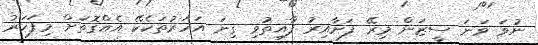
ނުވަ ވަނަ ސީޒަން މިރޭ ފަށާއިރު ފާއިތުވި ގިނަ އަހަރުތަކެކޭ އެއްގޮތަށް މިފަހަރު